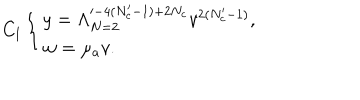
LaTeX: C _ { \mathrm { I } } \left\{ \begin{array} { l } { { y = \Lambda _ { N = 2 } ^ { \prime - 4 ( N _ { c } ^ { \prime } - 1 ) + 2 N _ { c } } v ^ { 2 ( N _ { c } ^ { \prime } - 1 ) } , } } \\ { { w = \mu _ { a } v . } } \\ \end{array} \right.